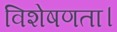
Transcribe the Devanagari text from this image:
विशेषणता।